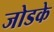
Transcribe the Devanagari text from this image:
जोडके